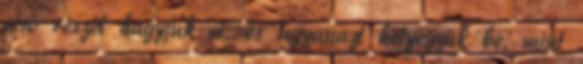
első részét hagyjuk el, és ugyanazt helyezzük be, mint